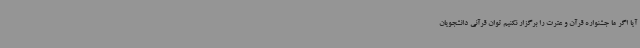
آیا اگر ما جشنواره قرآن و عترت را برگزار نکنیم توان قرآنی دانشجویان